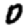
Digit: 0